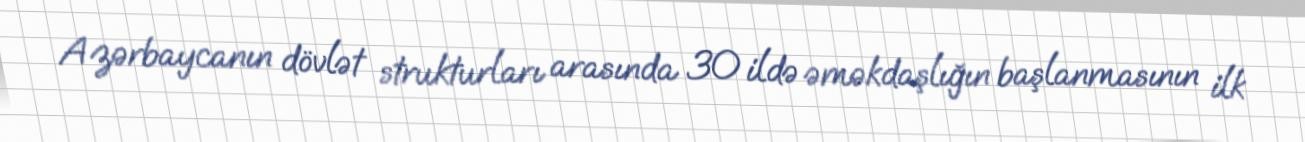
Azərbaycanın dövlət strukturları arasında 30 ildə əməkdaşlığın başlanmasının ilk